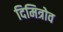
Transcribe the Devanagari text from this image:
दिमित्रोव